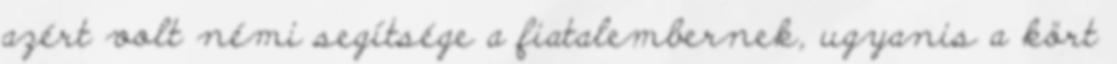
azért volt némi segítsége a fiatalembernek, ugyanis a kört